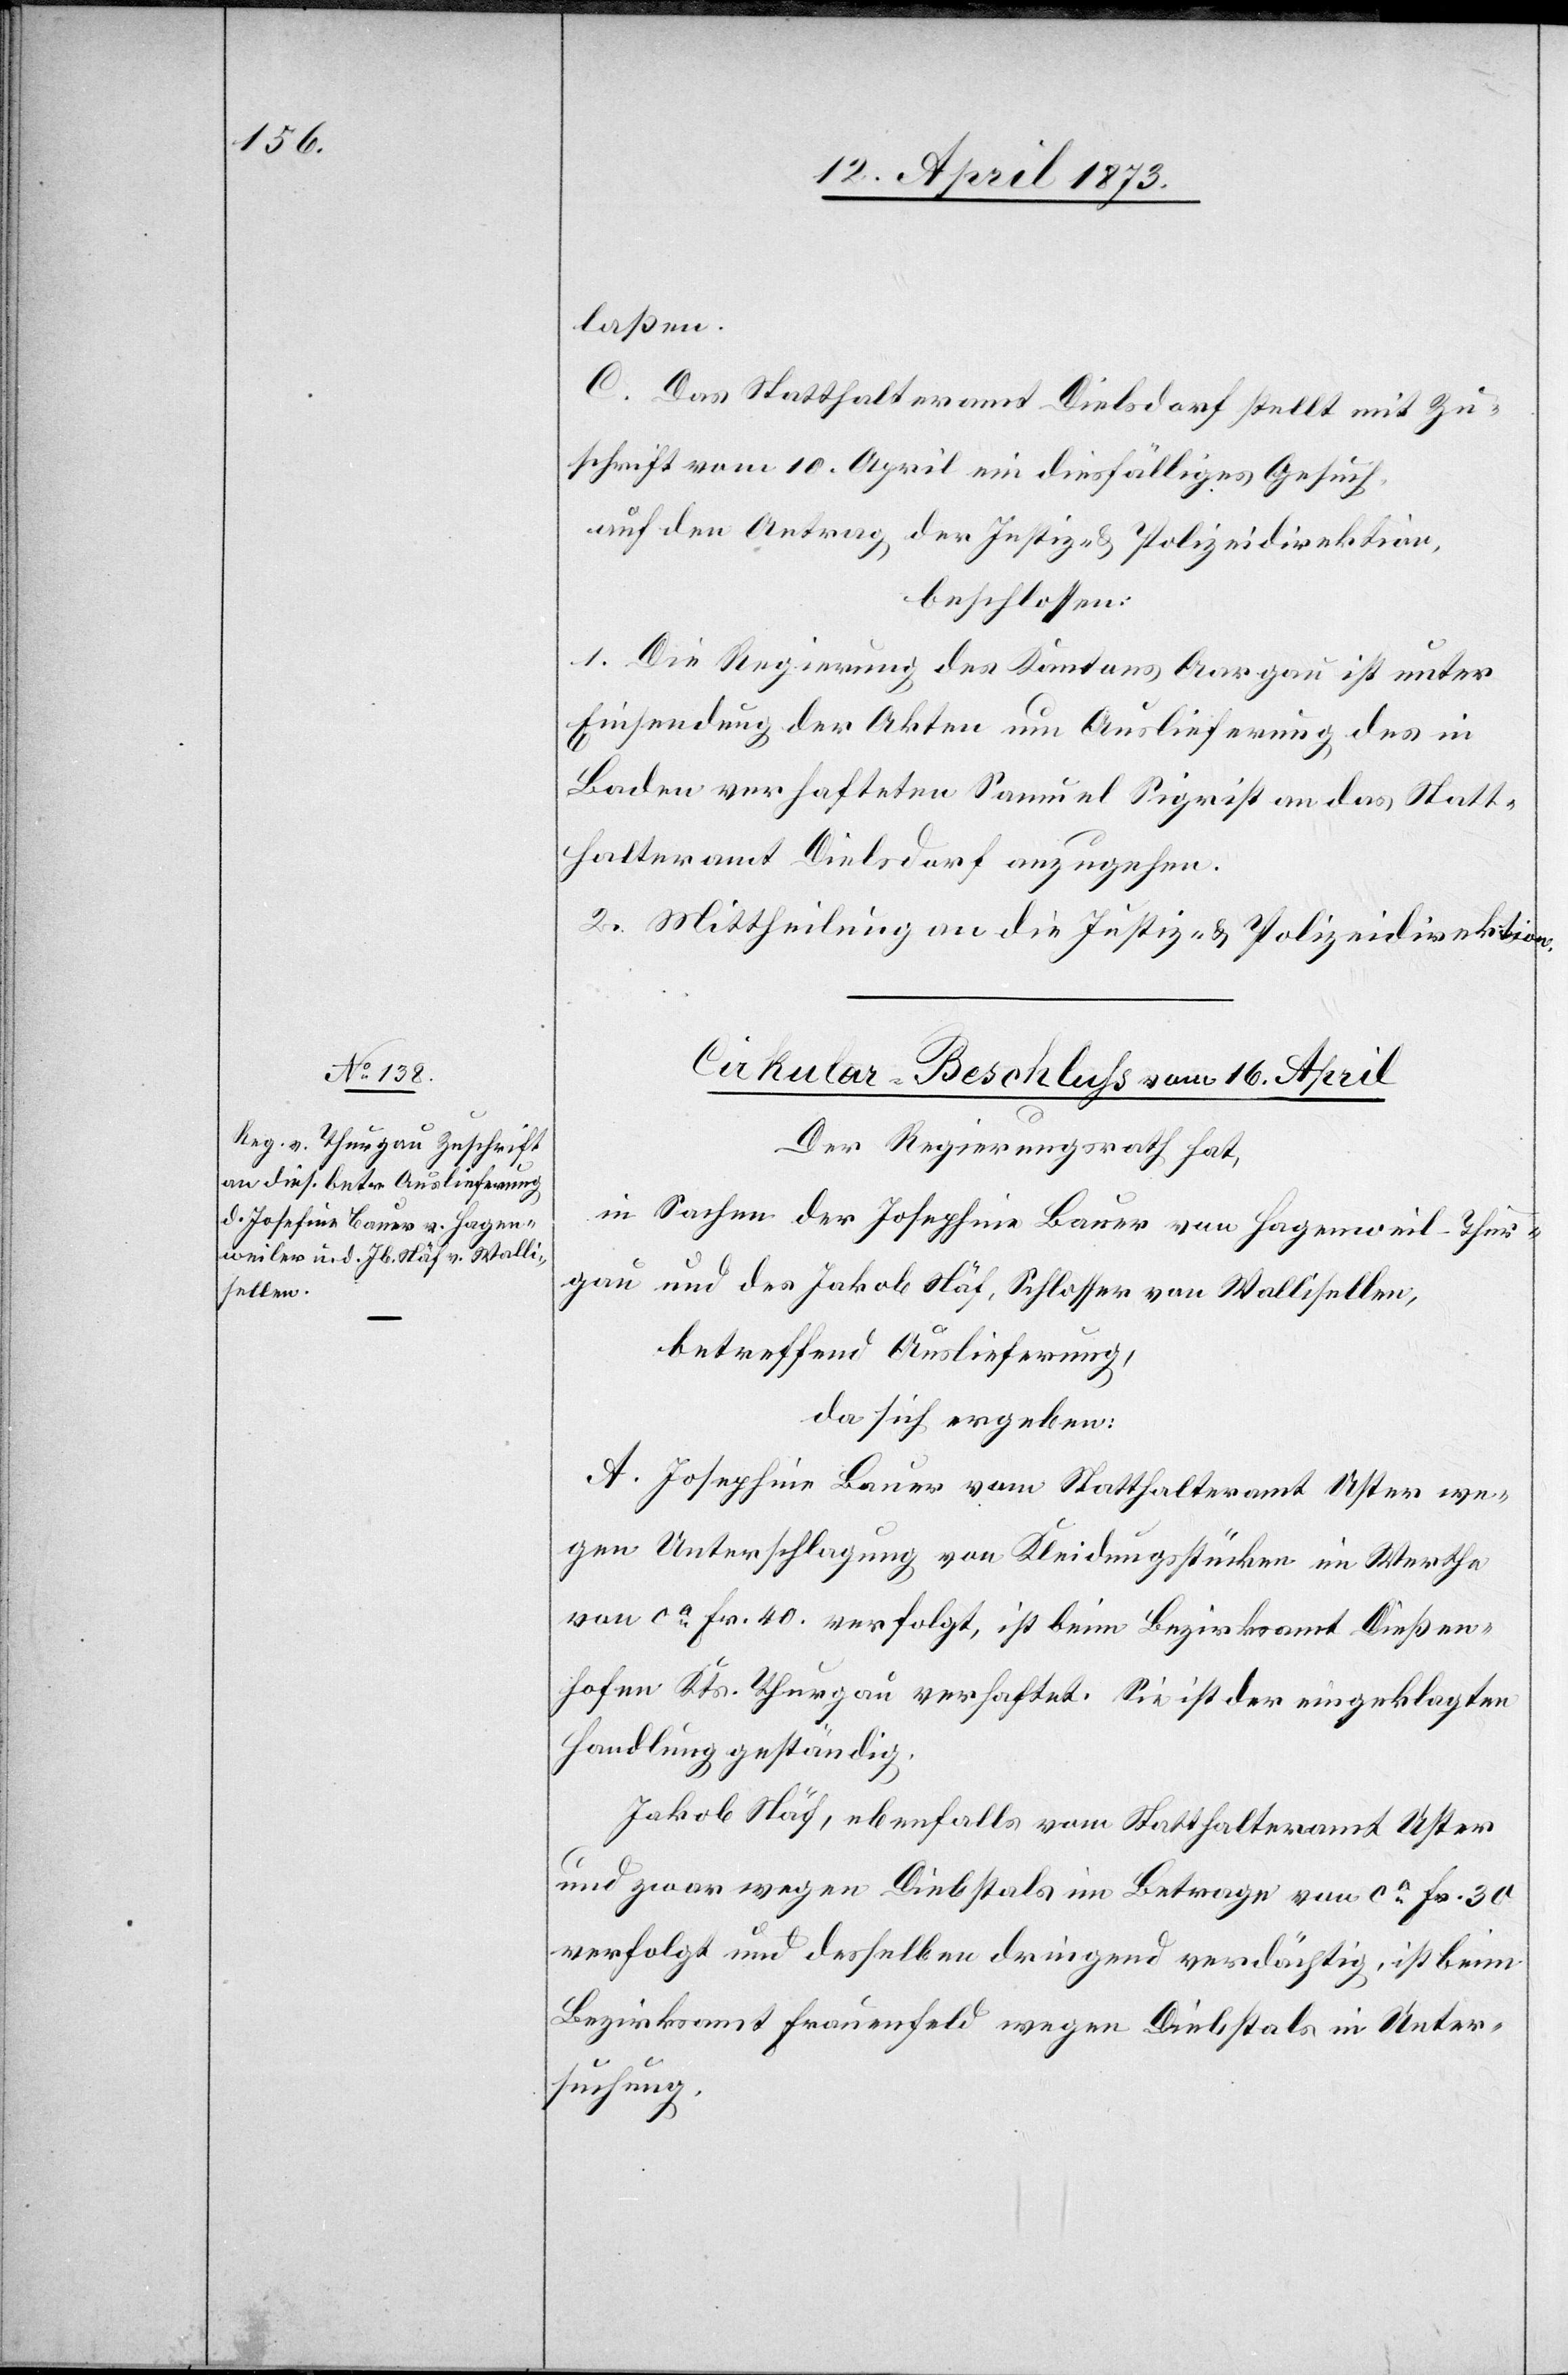
laßen.
C. Das Statthalteramt Dielsdorf stellt mit Zu¬
schrift vom 10. April ein diesfälliges Gesuch
auf den Antrag der Justiz- & Polizeidirektion,
beschlossen:
1. die Regierung des Kantons Aargau ist unter
Einsendung der Akten um Auslieferung des in
Baden verhafteten Samuel Sigrist an das Statt¬
halteramt Dielsdorf anzugehen.
2. Mittheilung an die Justiz- & Polizeidirektion.
Cirkular-Beschluss vom 16. April
Der Regierungsrath hat,
in Sachen der Josephine Bauer von Hagenweil-Thur¬
gau und des Jakob Näf, Schlosser von Wallisellen,
betreffend Auslieferung,
da sich ergeben:
A. Josephine Bauer vom Statthalteramt Uster we¬
gen Unterschlagung von Kleidungsstücken im Werthe
von ca Fr. 40. verfolgt, ist beim Bezirksamt Dießen¬
hofen Kts. Thurgau verhaftet. Sie ist der eingeklagten
Handlung geständig.
Jakob Näf, ebenfalls vom Statthalteramt Uster
und zwar wegen Diebstals im Betrage von ca Fr. 30
verfolgt und desselben dringend verdächtig, ist beim
Bezirksamt Frauenfeld wegen Diebstals in Unter¬
suchung.